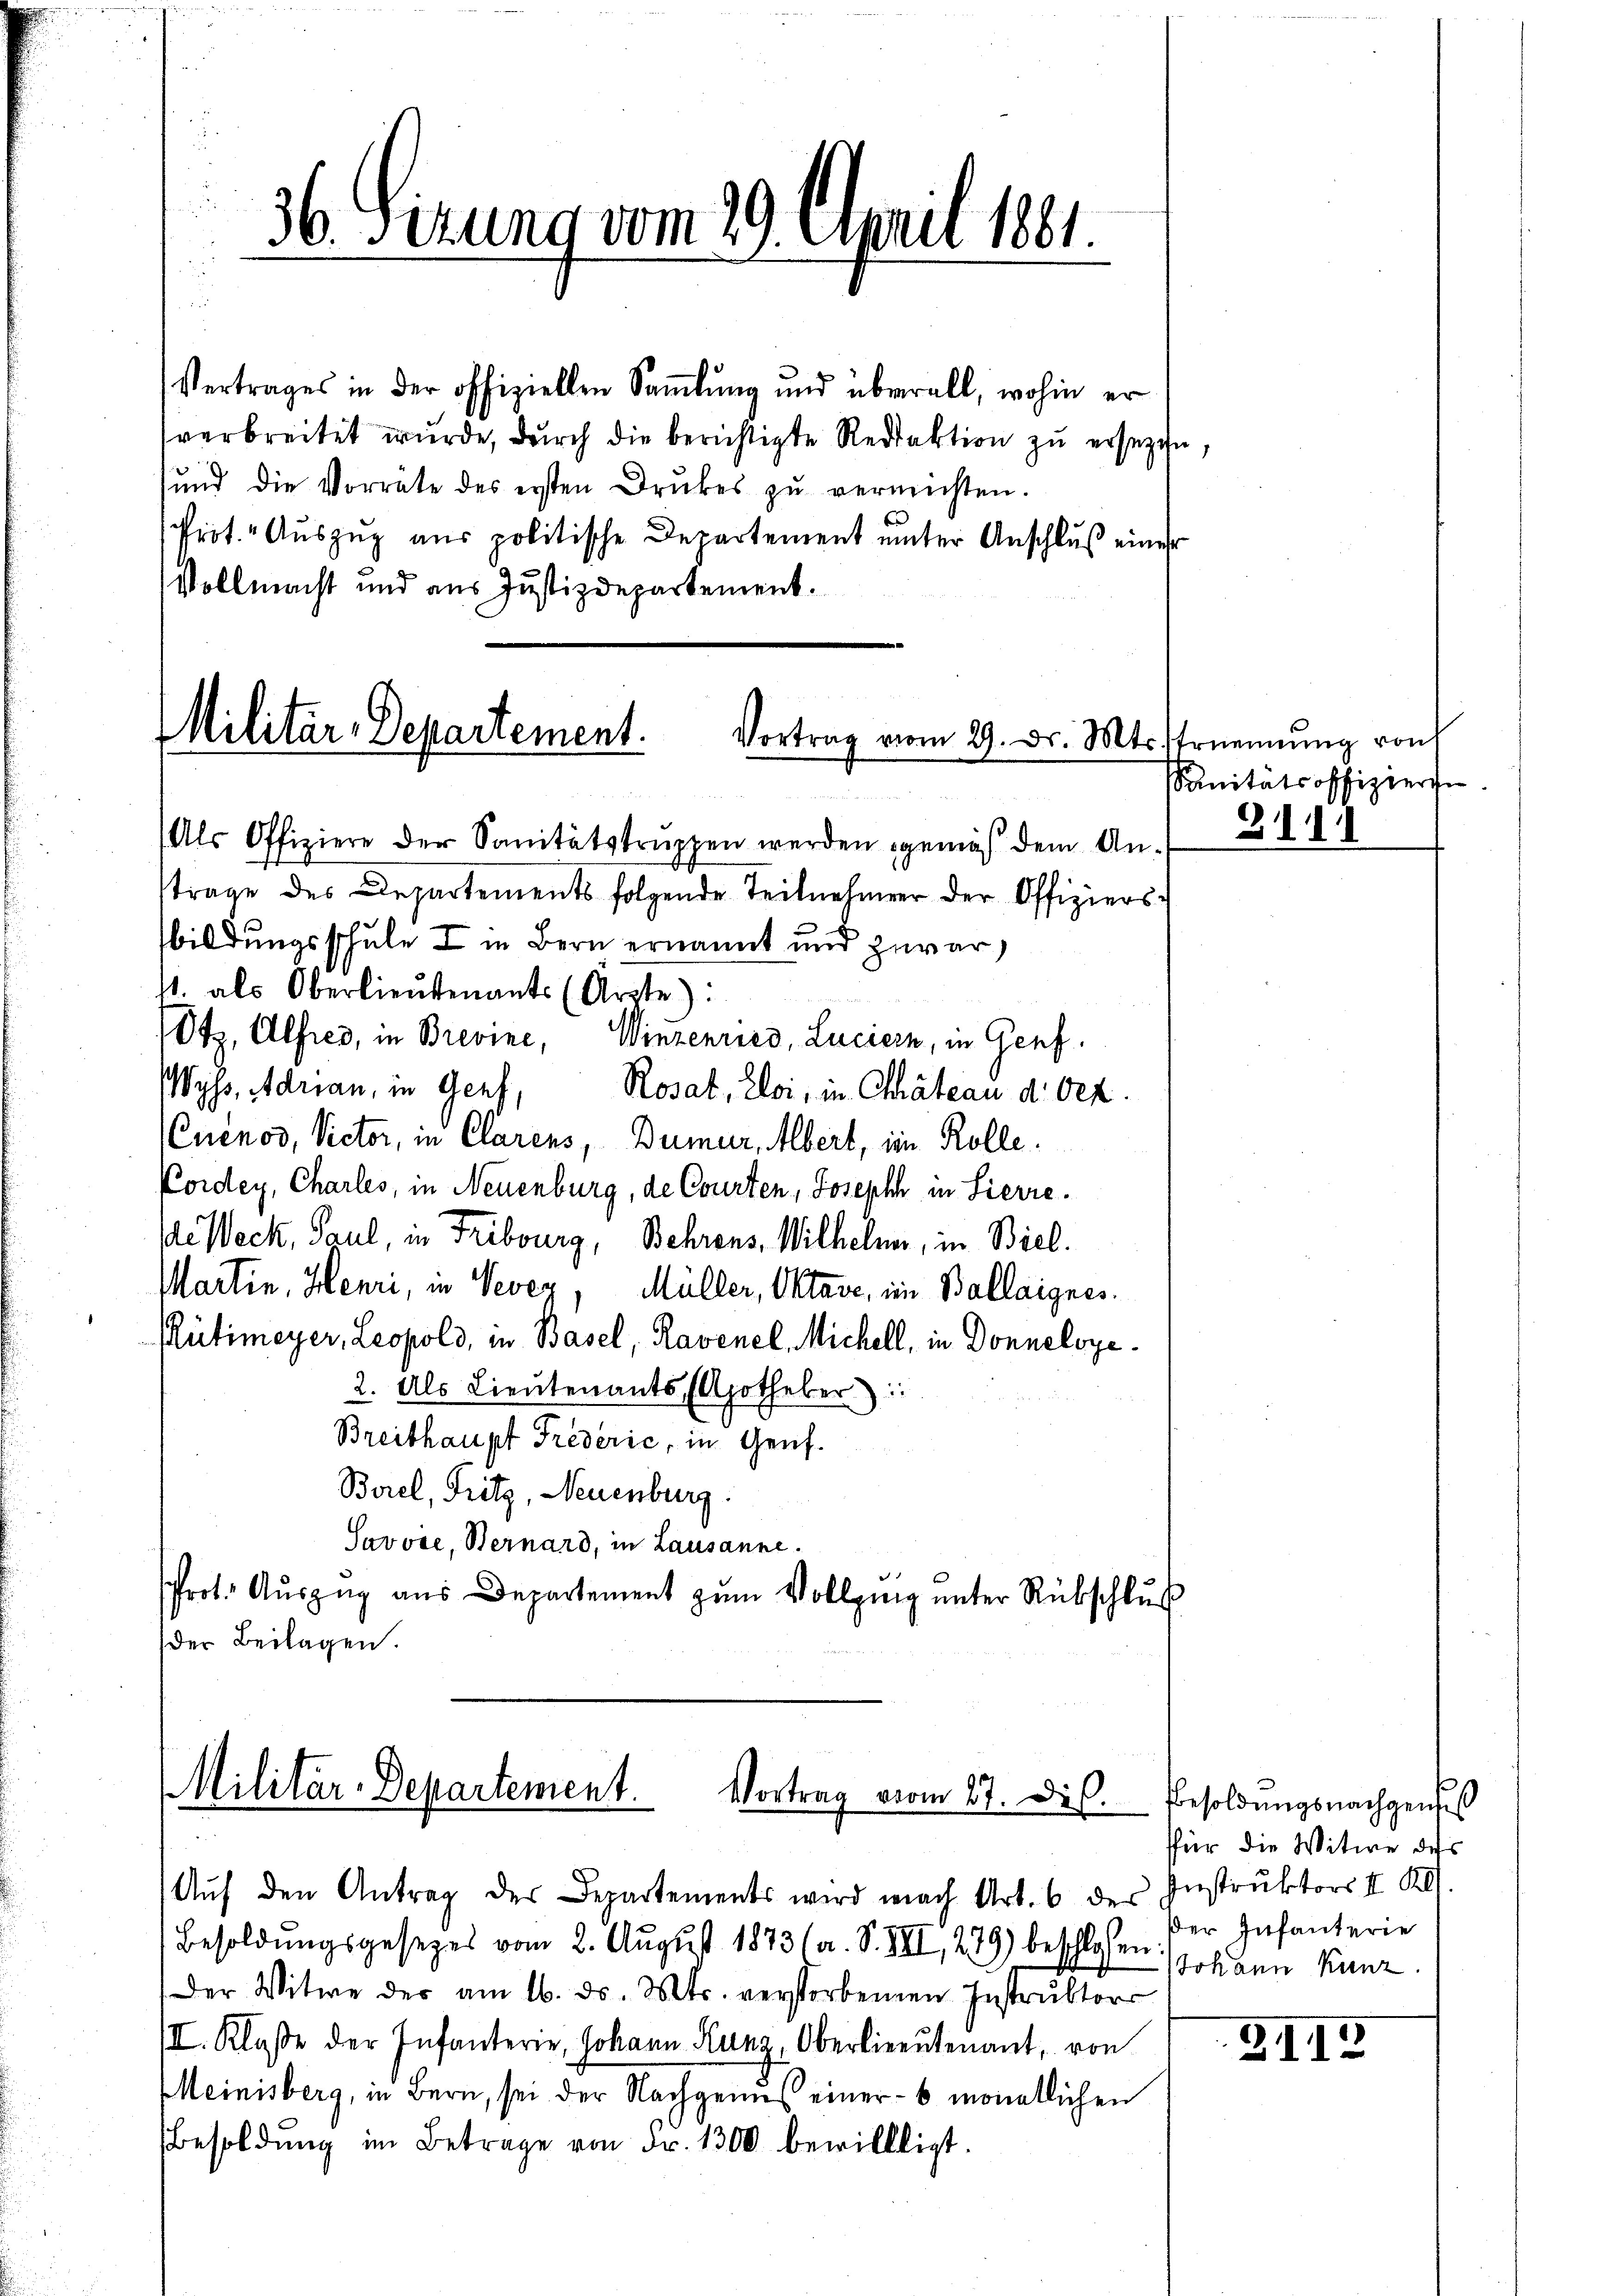
Vertrages in der offiziellen Saṁlŭng und überall, wohin er
verbreitet wurde, durch die berichtigte Redaktion zu ersezen,
sund die Vorrate des ersten Druckes zŭ vernichten.
Prit. Auszug aus politische Departement unter Anschluß einer
Vollmacht und aus Justizdepartement.

Militär-Departement.
Vortrag vom 29. Dr. Mts.

36. Sirung vom 19. A.

vril 1861

Als Offiziere der Sanitätstruppen werden gemäß dem Antrage des Departements folgende Teilnehmer der Offiziers
bildungsschule I in Bern ernannt und zuwar,
11. als Oberlieŭtenants (Arzte):
Otz, Alfred, in Brevine, Winzenries, Luciern, in Genf.
Wyss, Adrian, in Genf, Rosat, Eloi, in Chateau d. dez.
(Cuénos, Victor, in Clarens, Dumur, Albert, im Kolle¬
Cordey, Charles, in Neuenburg, de Courten, Joseph in Sierre.
de Weck, Paul, in Fribourg, Behrens, Wilhelm, in Biel.
Martin, Henri, in Vevey, Müller, Oktave, im Ballaignes.
Rütimeyer, Leopold, in Basel, Ravenel, Michell, in Donneloye
2. Als Lieutenants Apotheker:
Breithaupt Fredérić, in Genf.
Borel, Fritz, Neuenburg.
Savvie, Bernard, in Lausanne.
rot. Auszug aus Departement zum Vollging unter Rübschluß
der Beilagen.

Militär-Departement. Vortrag vom 27. Dis

Aŭf den Antrag des Departements wird nach Art. 6 der Instruktors II. Kl.
Besoldŭngsgesezes vom 2. August 1873/ a. S. III, 279) beschlossen:
Der Witwe der am 16. ds. Mts. verstorbenen Instrŭktors
III. Klasse der Infanterie, Johann Kunz, Oberlieŭtenant, von
Meinisberg, in Bern, sei der Nachgenuß einer - 6 monatlichen
Besoldung im Betrage von Fr. 1300 bewillligt.

Ernennung von
Sanitätsoffizierge

2

1

Besoldungsnachgenuß
ffür die Witwe dess
der Infanterie
Johann Kunz.

AII